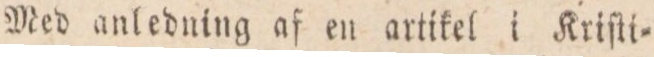
Med anledning af en artikel i Krifti=